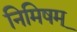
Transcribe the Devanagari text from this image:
निमिषम्